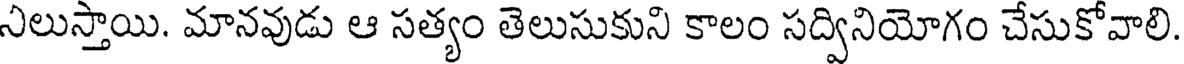
నిలుస్తాయి. మానవుడు ఆ సత్యం తెలుసుకుని కాలం సద్వినియోగం చేసుకోవాలి